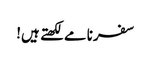
سفرنامے لکھتے ہیں!